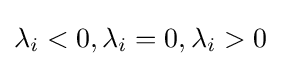
\lambda _{i}<0,\lambda _{i}=0,\lambda _{i}>0